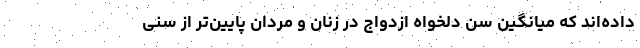
داده‌اند که میانگین سن دلخواه ازدواج در زنان و مردان پایین‌تر از سنی